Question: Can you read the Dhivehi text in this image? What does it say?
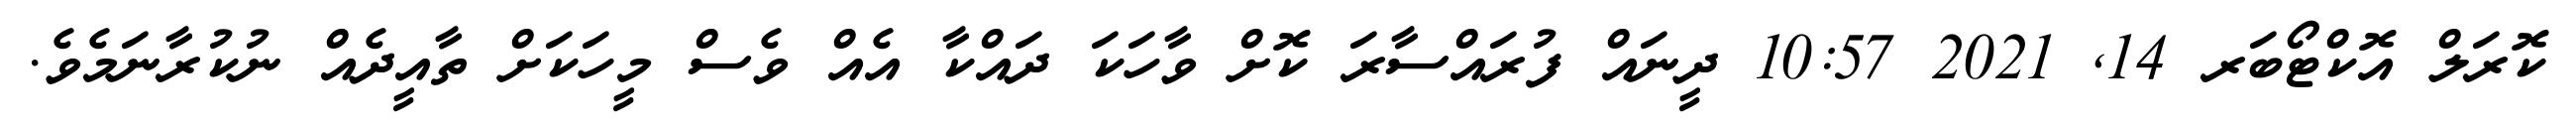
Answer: ކޮރަލް އޮކްޓޯބަރ 14, 2021 10:57 ދީނައް ފުރައްސާރަ ކޮށް ވާހަކަ ދައްކާ އެއް ވެސް މީހަކަށް ތާއީދެއް ނުކުރާނަމެވެ.